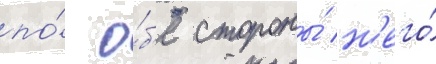
по́ о́б'е стороны́ н'его́